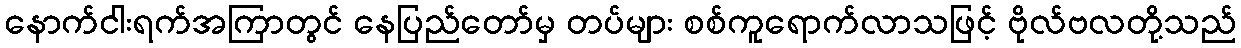
နောက်ငါးရက်အကြာတွင် နေပြည်တော်မှ တပ်များ စစ်ကူရောက်လာသဖြင့် ဗိုလ်ဗလတို့သည်